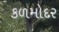
કળમોદર